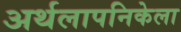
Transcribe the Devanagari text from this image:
अर्थलापनिकेला